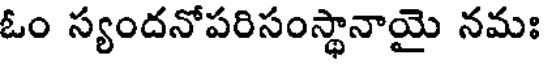
ఓం స్యందనోపరిసంస్థానాయై నమః